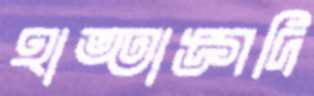
হাত্তাঙ্গদি